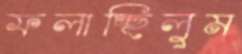
ফলাচ্ছিলুম